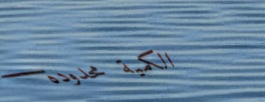
الكمية محدودة